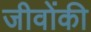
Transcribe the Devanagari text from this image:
जीवोंकी